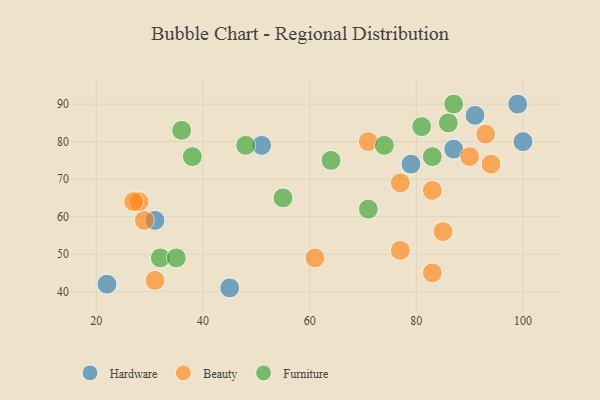
{"axis": {"x": "GDP", "y": "Life Expectancy"}, "legend": ["Beauty", "Furniture", "Hardware"], "data": [{"x": "99", "y": 90, "type": "Hardware"}, {"x": "51", "y": 79, "type": "Hardware"}, {"x": "22", "y": 42, "type": "Hardware"}, {"x": "31", "y": 59, "type": "Hardware"}, {"x": "45", "y": 41, "type": "Hardware"}, {"x": "79", "y": 74, "type": "Hardware"}, {"x": "91", "y": 87, "type": "Hardware"}, {"x": "100", "y": 80, "type": "Hardware"}, {"x": "87", "y": 78, "type": "Hardware"}, {"x": "29", "y": 59, "type": "Beauty"}, {"x": "28", "y": 64, "type": "Beauty"}, {"x": "94", "y": 74, "type": "Beauty"}, {"x": "77", "y": 51, "type": "Beauty"}, {"x": "90", "y": 76, "type": "Beauty"}, {"x": "77", "y": 69, "type": "Beauty"}, {"x": "27", "y": 64, "type": "Beauty"}, {"x": "83", "y": 67, "type": "Beauty"}, {"x": "31", "y": 43, "type": "Beauty"}, {"x": "71", "y": 80, "type": "Beauty"}, {"x": "93", "y": 82, "type": "Beauty"}, {"x": "85", "y": 56, "type": "Beauty"}, {"x": "61", "y": 49, "type": "Beauty"}, {"x": "83", "y": 45, "type": "Beauty"}, {"x": "38", "y": 76, "type": "Furniture"}, {"x": "81", "y": 84, "type": "Furniture"}, {"x": "87", "y": 90, "type": "Furniture"}, {"x": "48", "y": 79, "type": "Furniture"}, {"x": "83", "y": 76, "type": "Furniture"}, {"x": "74", "y": 79, "type": "Furniture"}, {"x": "86", "y": 85, "type": "Furniture"}, {"x": "55", "y": 65, "type": "Furniture"}, {"x": "36", "y": 83, "type": "Furniture"}, {"x": "64", "y": 75, "type": "Furniture"}, {"x": "71", "y": 62, "type": "Furniture"}, {"x": "32", "y": 49, "type": "Furniture"}, {"x": "35", "y": 49, "type": "Furniture"}]}